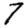
Digit: 7